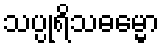
သပ္ပုရိသဓမ္မော